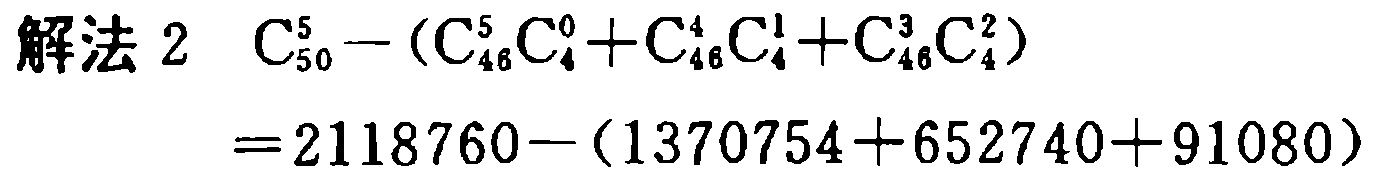
\(
\begin{align*}
\text{解法 }2\ \ &C_{50}^5 - (C_{46}^5C_{4}^0 + C_{46}^4C_{4}^1 + C_{46}^3C_{4}^2)\\
&= 2118760 - (1370754 + 652740 + 91080)
\end{align*}
\)